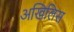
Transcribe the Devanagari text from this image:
अखिलिस